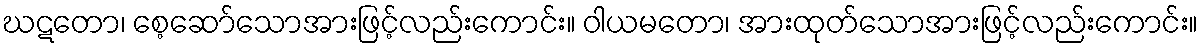
ဃဋတော၊ စေ့ဆော်သောအားဖြင့်လည်းကောင်း။ ဝါယမတော၊ အားထုတ်သောအားဖြင့်လည်းကောင်း။